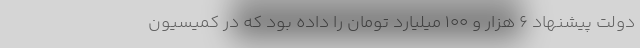
دولت پیشنهاد ۶ هزار و ۱۰۰ میلیارد تومان را داده بود که در کمیسیون